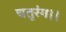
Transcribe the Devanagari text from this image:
चतुरंग।।